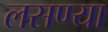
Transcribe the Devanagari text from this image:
लसण्या